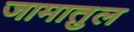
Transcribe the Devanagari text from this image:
जामातुल